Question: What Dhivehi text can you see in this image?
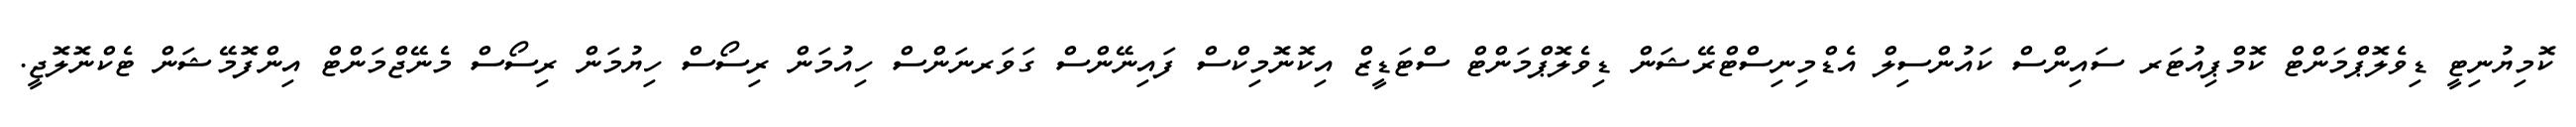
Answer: ކޮމިޔުނިޓީ ޑިވެލޮޕްމަންޓް ކޮމްޕިއުޓަރ ސައިންސް ކައުންސިލް އެޑްމިނިސްޓްރޭޝަން ޑިވެލޮޕްމަންޓް ސްޓަޑީޒް އިކޮނޮމިކްސް ފައިނޭންސް ގަވަރނަންސް ހިއުމަން ރިސޯސް ހިޔުމަން ރިސޯސް މެނޭޖްމަންޓް އިންފޮމޭޝަން ޓެކްނޮލޮޖީ.